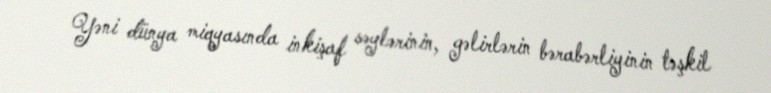
Yəni dünya miqyasında inkişaf səylərinin, gəlirlərin bərabərliyinin təşkil